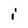
Character: i